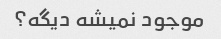
موجود نمیشه دیگه؟